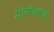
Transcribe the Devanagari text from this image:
मोनोब्लोक